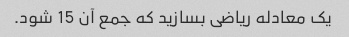
یک معادله ریاضی بسازید که جمع آن 15 شود.